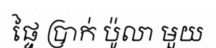
ផ្ទៃ ប្រាក់ ប៉ូលា មួយ